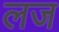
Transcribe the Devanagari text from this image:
लज